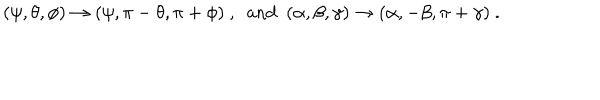
( \psi , \theta , \phi ) \to ( \psi , \pi - \theta , \pi + \phi ) \ , \ \ \mathrm { a n d } \ \ ( \alpha , \beta , \gamma ) \to ( \alpha , - \beta , \pi + \gamma ) \ .